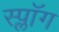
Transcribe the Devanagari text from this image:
स्प्लॉग